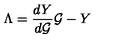
\Lambda = \frac { d Y } { d { \cal G } } { \cal G } - Y